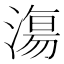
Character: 漡